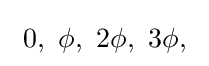
~0,~\phi ,~2\phi ,~3\phi ,~